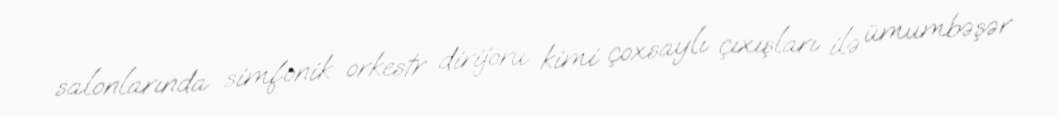
salonlarında simfonik orkestr dirijoru kimi çoxsaylı çıxışları ilə ümumbəşər